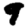
Digit: 9